Tartu_linna_vaeslastekohus, lk 24
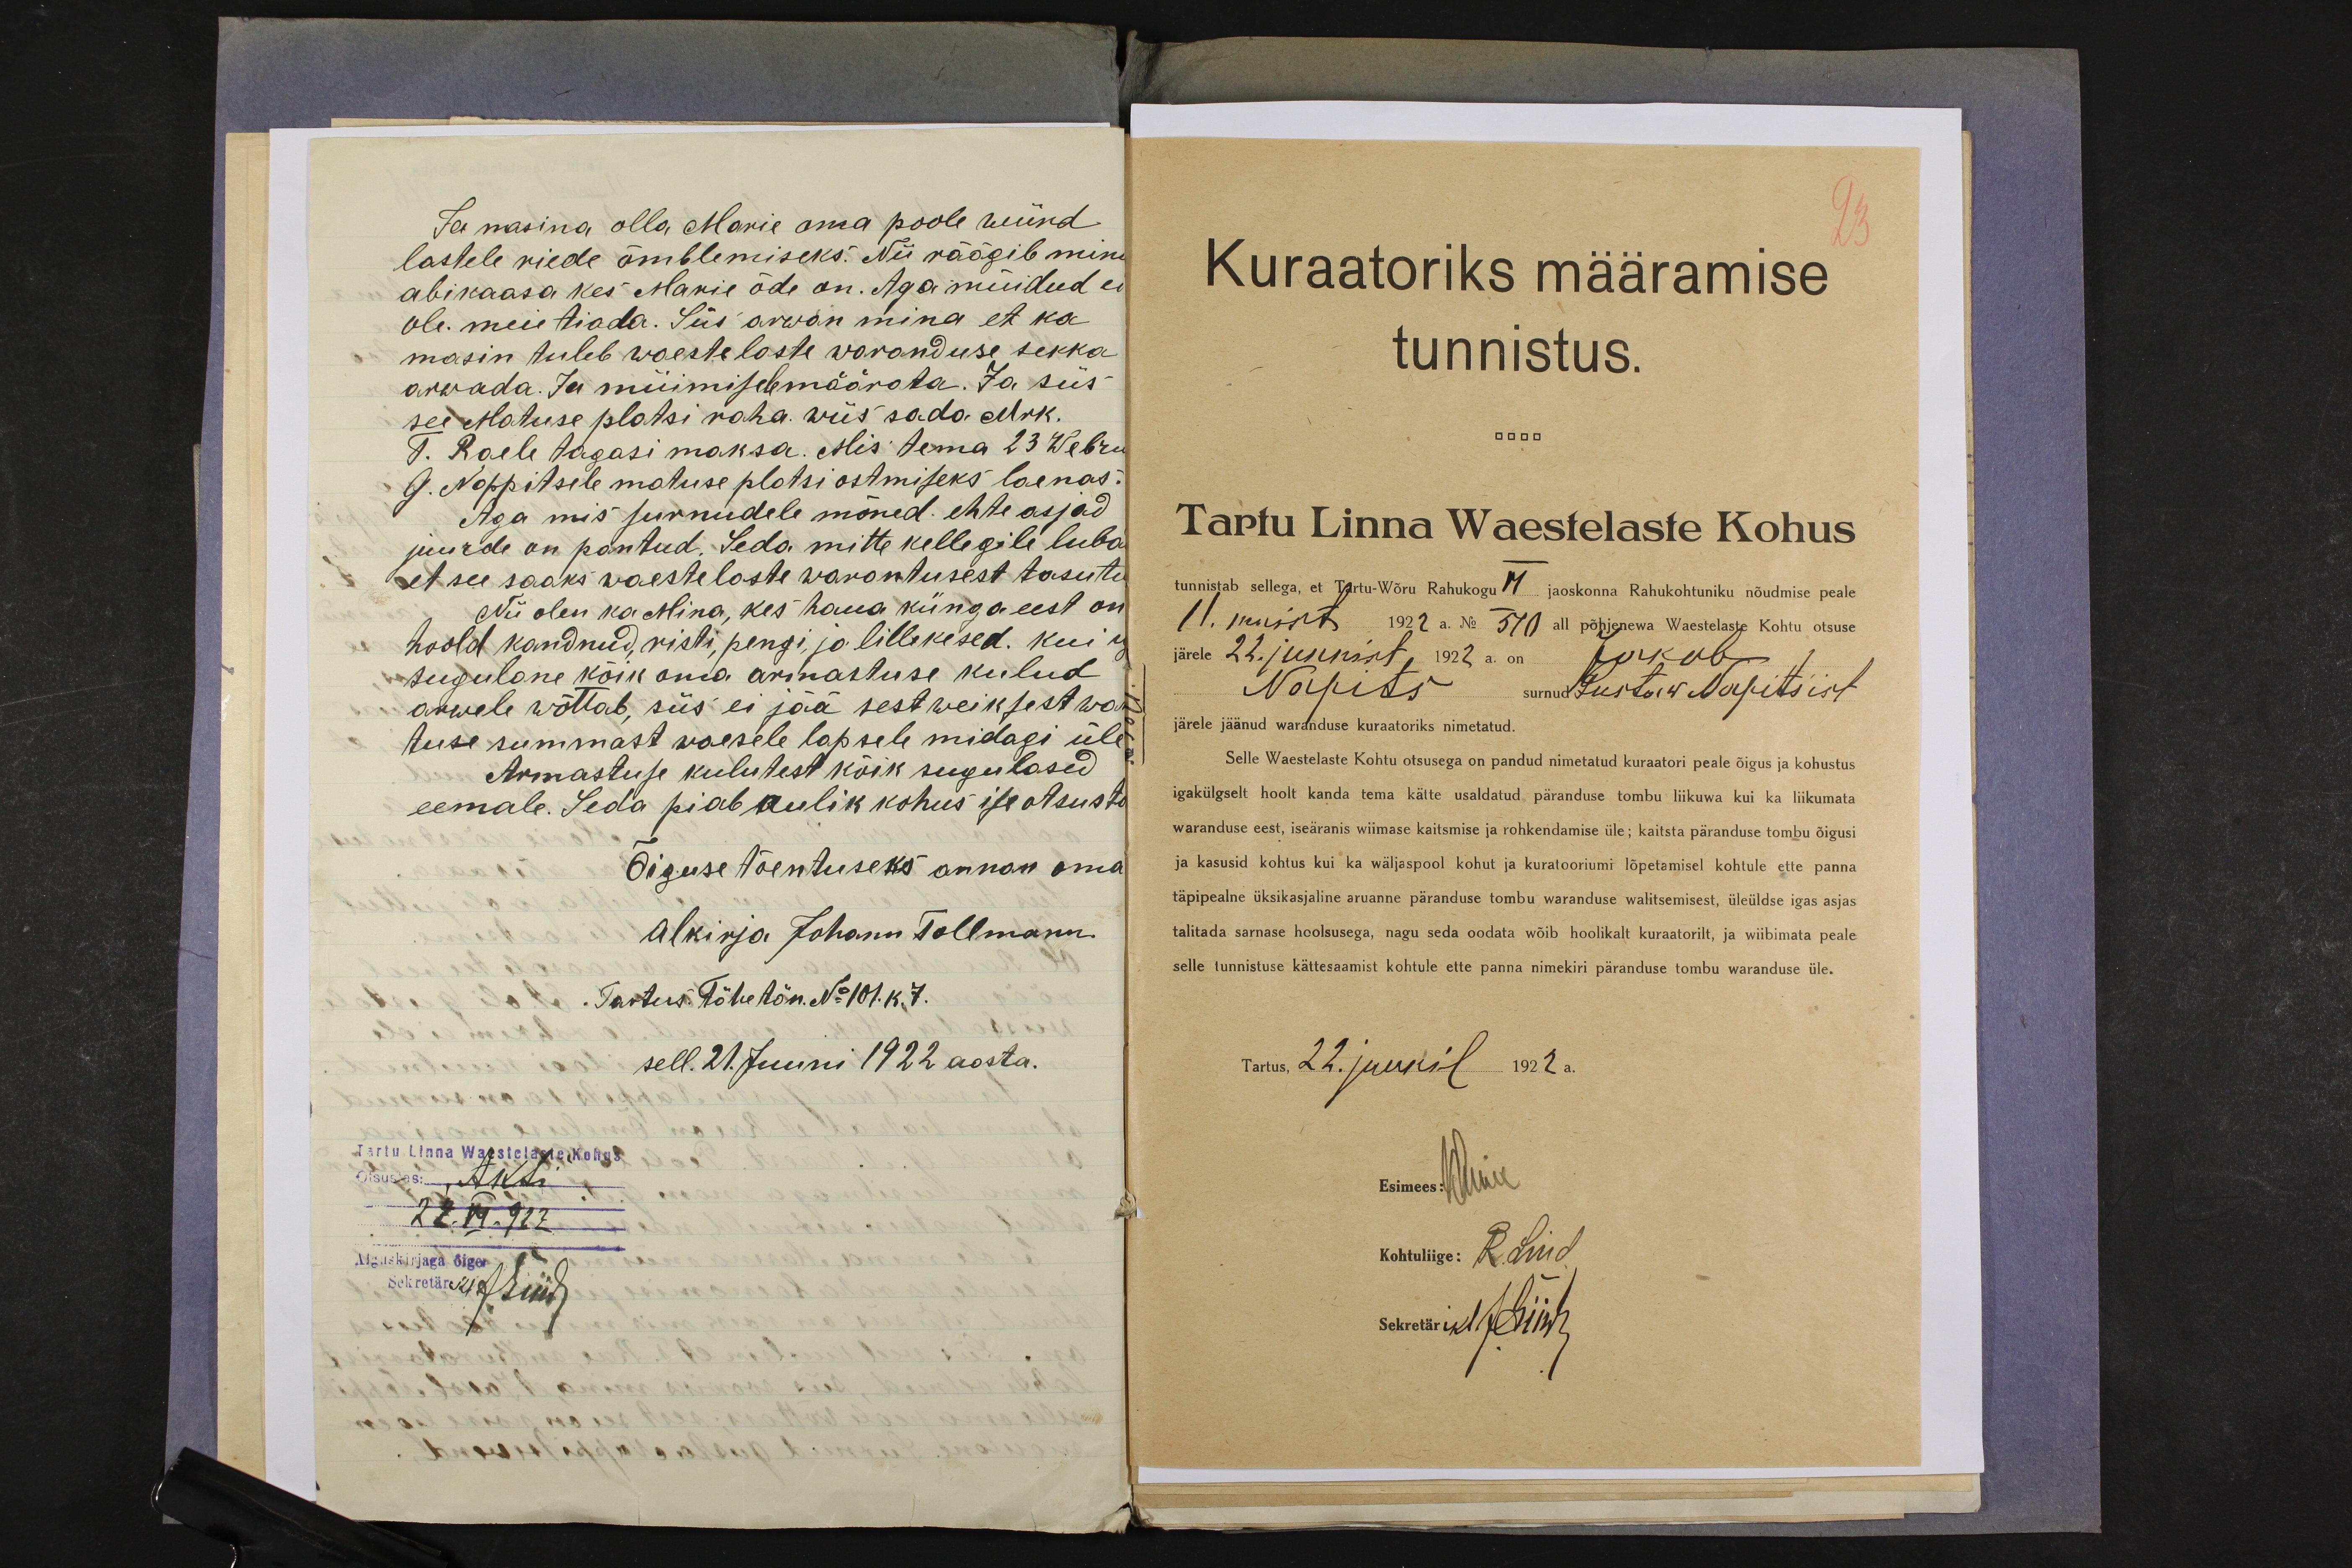
Ja masina olla Marie oma poole wiind
lastele riede õmblemiseks. Nii räägib minu
abikaasa kes Marie õde on. Aga müidud ei
ole. meie tiada. Siis arwan mina et ka
masin tuleb waestelaste waranduse sekka
arwada. Ja müimisele määrata. Ja siis
see Matuse platsi raha. wiis sada Mrk.
T. Raele tagasi maksa. Mis tema 23 Webru
G. Nappitsele matuse platsi ostmiseks laenas.
Aga mis surnudele mõned .ehte asjad
juurde on pantud. Seda mitte kellegile luba
et see saaks waestelaste warantusest tasutu
Nii olen ka Mina, kes haua künga eest on
hoold kandnud, risti, pengi, ja lillekesed. kui
sugulane kõik oma armastuse kulud
arwele wõttab, siis ei jää sest weiksest war
tuse summast waesele lapsele midagi üle
Armastuse kulutest kõik sugulased
eemale. Seda piab aulik kohus ise otsusta
Õiguse tõentuseks annan oma
Alkirja Johann Tollmann.
Tartus. Tähe tän. No 101. k. 7.
sell. 21. Juuni 1922 aasta.
Tartu Linna Waestelaste Kohus
Otsustas: Akti
22.VI.922
Alguskirjaga õige
Sekretäri k.t. JHiir

23
Kuraatoriks määramise
tunnistus.
Tartu Linna Waestelaste Kohus
tunnistab sellega, et Tartu-Wõru Rahukogu VI jaoskonna Rahukohtuniku nõudmise peale
11. maist 1922 a. No 570 all põhjenewa Waestelaste Kohtu otsuse
järele 22. juunist 1922 a. on Jakob
Napits surnud Gustaw Napits´ist
järele jäänud waranduse kuraatoriks nimetatud.
Selle Waestelaste Kohtu otsusega on pandud nimetatud kuraatori peale õigus ja kohustus
igakülgselt hoolt kanda tema kätte usaldatud päranduse tombu liikuwa kui ka liikumata
waranduse eest, iseäranis wiimase kaitsmise ja rohkendamise üle; kaitsta päranduse tombu õigusi
ja kasusid kohtus kui ka wäljaspool kohut ja kuratooriumi lõpetamisel kohtule ette panna
täpipealne üksikasjaline aruanne päranduse tombu waranduse walitsemisest, üleüldse igas asjas
talitada sarnase hoolsusega, nagu seda oodata wõib hoolikalt kuraatorilt, ja wiibimata peale
selle tunnistuse kättesaamist kohtule ette panna nimekiri päranduse tombu waranduse üle.
Tartus, 22. juunil 1922 a.
Esimees: KLuik
Kohtuliige: R. Lind
Sekretäri kt JHiir